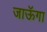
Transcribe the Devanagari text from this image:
जाऊॅगा